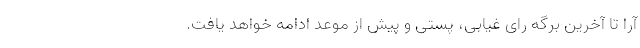
آرا تا آخرین برگه رای غیابی، پستی و پیش از موعد ادامه خواهد یافت.